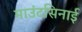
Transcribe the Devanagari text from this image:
माउंटसिनाई